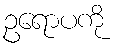
ဥရောပကို